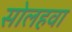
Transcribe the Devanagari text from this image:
सोलहवा